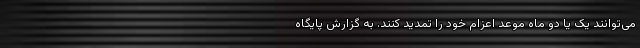
می‌توانند یک یا دو ماه موعد اعزام خود را تمدید کنند. به گزارش پایگاه